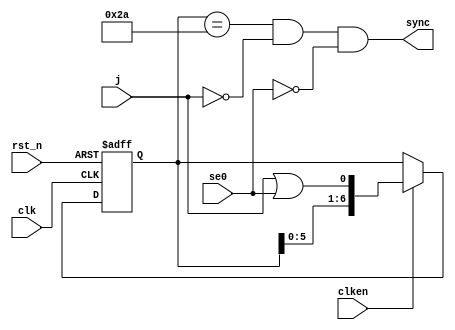
module usb_sync_detect(
    input rst_n,
    input clk,
    input clken,
    input j,
    input se0,
    output sync);
reg[6:0] data;
assign sync = (data == 7'b0101010 && !j && !se0);
always @(posedge clk or negedge rst_n) begin
    if (!rst_n) begin
        data <= 1'd0;
    end else if (clken) begin
        data <= { data[5:0], j || se0 };
    end
end
endmodule